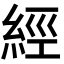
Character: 經